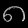
Digit: ၈